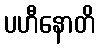
ပဟီနောတိ